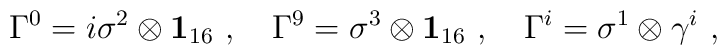
\Gamma^0= i\sigma^2 \otimes {\bf 1}_{16}~,~~~ \Gamma^9= \sigma^3 \otimes {\bf 1}_{16}~,~~~ \Gamma^i= \sigma^1 \otimes \gamma^i~,